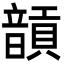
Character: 𩐵